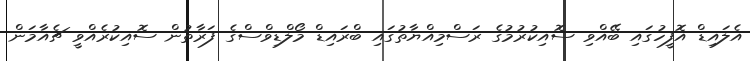
އެލައިޑް އޮފީހުގައި ބޭއްވި ސޮއިކުރުމުގެ ރަސްމިއްޔާތުގައި ބްރައިޑް މޯލްޑިވްސްގެ ފަރާތުން ސޮއިކުރެއްވީ ޗެއާމަން